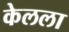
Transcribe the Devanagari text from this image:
केलला